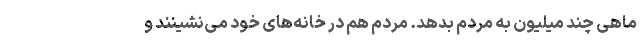
ماهی چند میلیون به مردم بدهد. مردم هم در خانه‌های خود می‌نشینند و